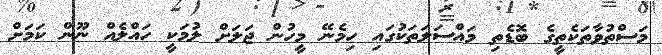
މަސްތުވާތަކެތީގެ ބޮޑެތި މައްސަލަތަކުގައި ހިމެނޭ މީހުން ޖަލަށް ލުމަކީ ހައްލެއް ނޫން ކަމަށް